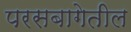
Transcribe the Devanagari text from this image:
परसबागेतील